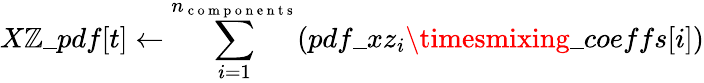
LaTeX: X\mathbb{Z}\_ pdf[t]\leftarrow\sum_{i=1}^{n_{\mathrm{{~c~o~m~p~o~n~e~n~t~s~}}}}(pdf\_ xz_{i}\timesmixing\_ coeffs[i])